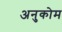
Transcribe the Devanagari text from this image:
अनुकोम